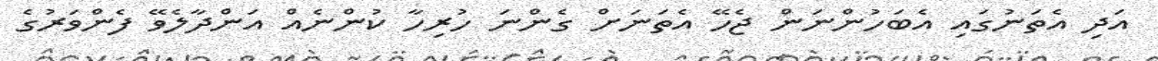
އަދި އެތަނުގައި އެބަހުންނަން ޖެހޭ އެތަނަށް ގެންނަ ހުރިހާ ކުންނެއް އަންދާލެވޭ ފެންވަރުގެ